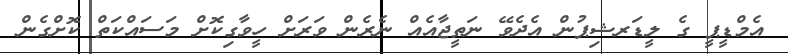
އެމްޑީޕީ ގެ ލީޑަރޝިޕުން އެދެވޭ ނަތީޖާއެއް ނެރެން ވަރަށް ހީވާގިކޮށް މަސައްކަތް ކޮށްގެން